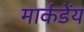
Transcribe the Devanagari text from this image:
मार्कडेंय